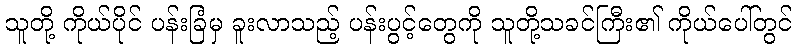
သူတို့ ကိုယ်ပိုင် ပန်းခြံမှ ခူးလာသည့် ပန်းပွင့်တွေကို သူတို့သခင်ကြီး၏ ကိုယ်ပေါ်တွင်